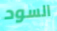
السود